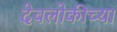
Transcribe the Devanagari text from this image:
देवलोकीच्या